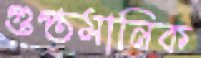
গুপ্তমানিক